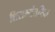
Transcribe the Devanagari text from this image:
शिराभ्यंतरिक